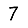
Digit: 7